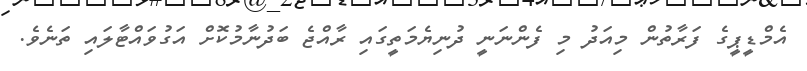
އެމްޑީޕީގެ ފަރާތުން މިއަދު މި ފެންނަނީ ދުނިޔެމަތީގައި ރާއްޖެ ބަދުނާމުކޮށް އަގުވައްޓާލައި ތަނެވެ.